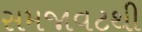
સમજાવટથી